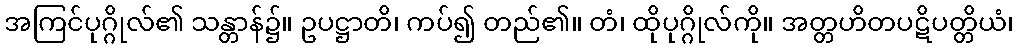
အကြင်ပုဂ္ဂိုလ်၏ သန္တာန်၌။ ဥပဋ္ဌာတိ၊ ကပ်၍ တည်၏။ တံ၊ ထိုပုဂ္ဂိုလ်ကို။ အတ္တဟိတပဋိပတ္တိယံ၊